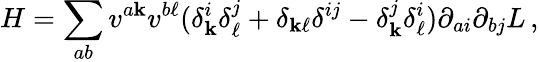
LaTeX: H=\sum_{ab}v^{a\mathbf{k}}v^{b\ell}(\delta_{\mathbf{k}}^{i}\delta_{\ell}^{j}+\delta_{\mathbf{k}\ell}\delta^{ij}-\delta_{\mathbf{k}}^{j}\delta_{\ell}^{i})\partial_{ai}\partial_{bj}L\, ,